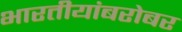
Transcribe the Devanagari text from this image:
भारतीयांबरोबर